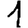
Digit: 1